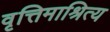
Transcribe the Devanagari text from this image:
वृत्तिमाश्रित्य